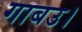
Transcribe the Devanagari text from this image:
गाबउ।